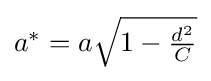
{\textstyle a^{*}=a{\sqrt {1-{\frac {d^{2}}{C}}}}}